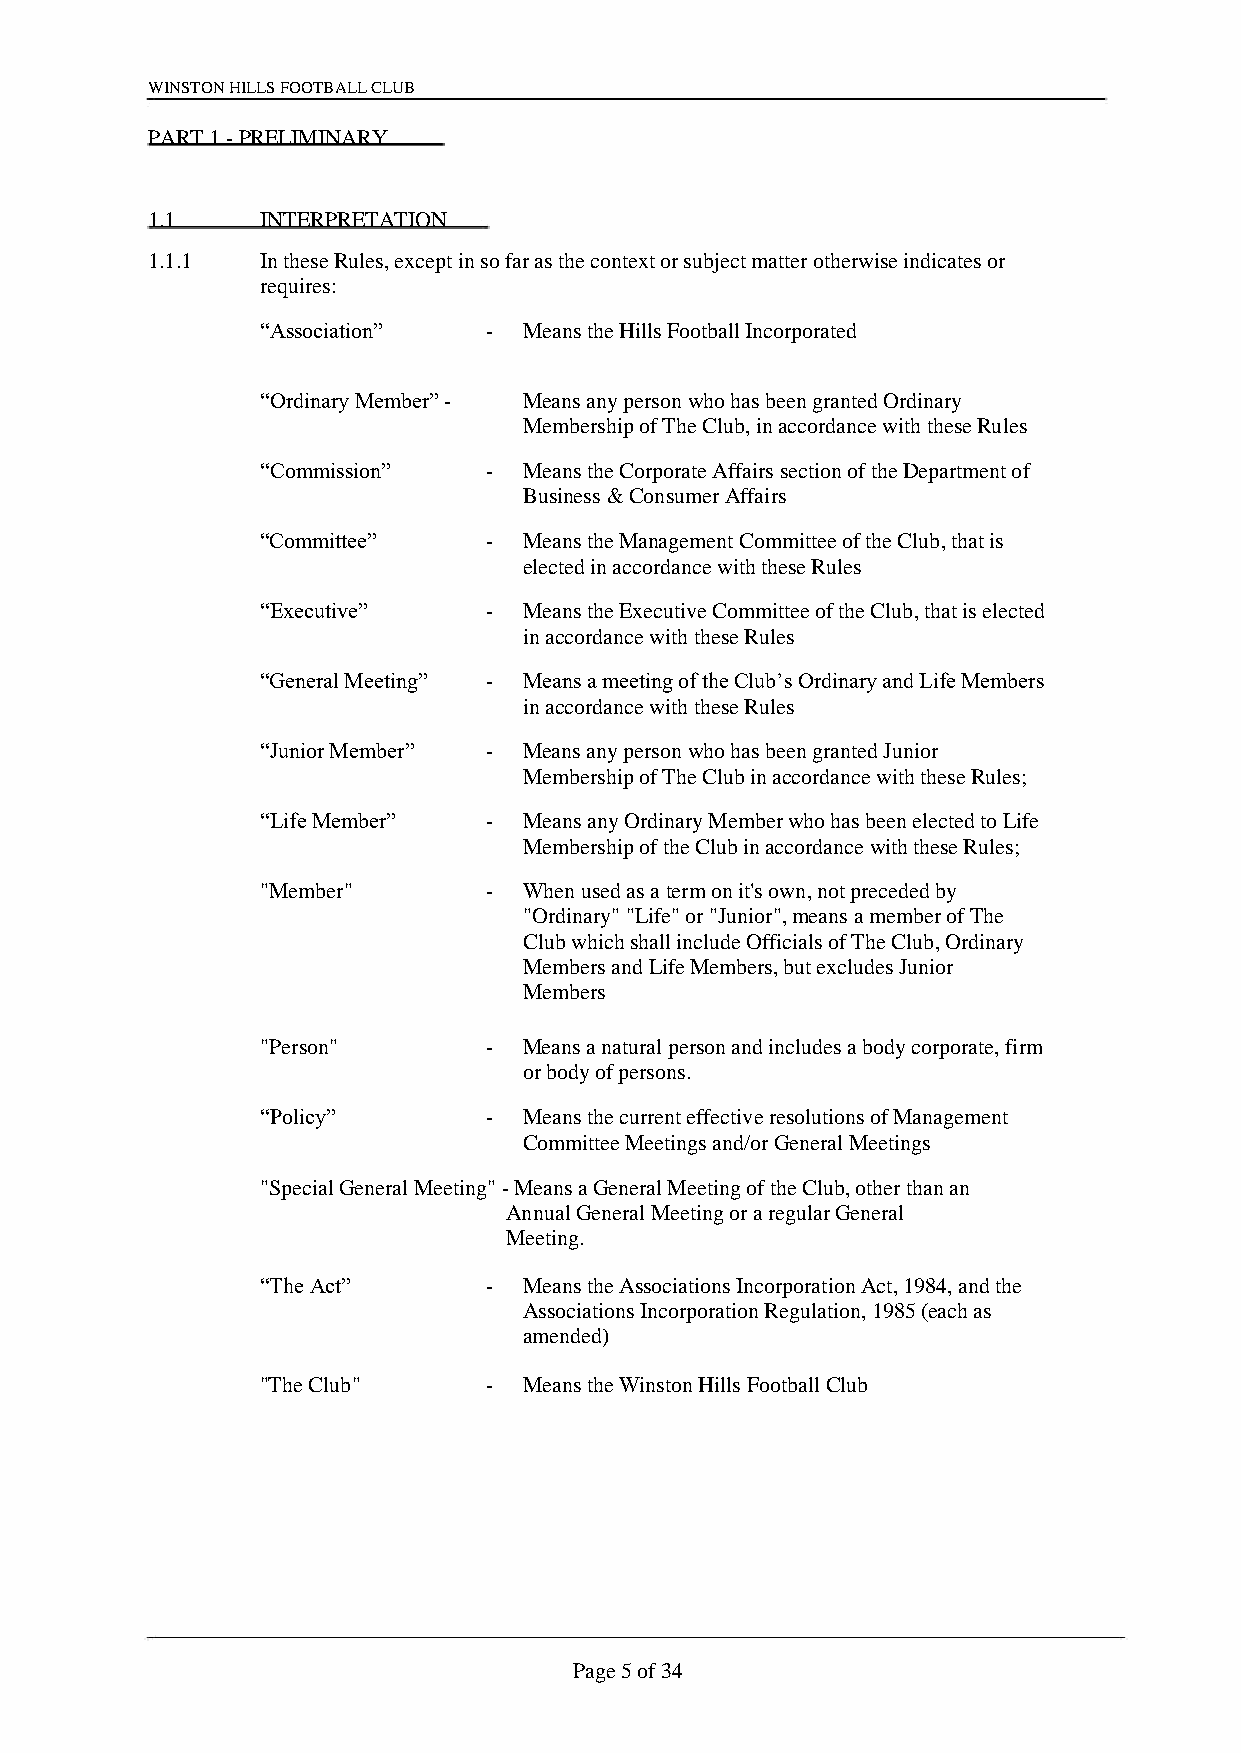
WINSTON HILLS FOOTBALL CLUB
 PART 1 - PRELIMINARY
 1.1    INTERPRETATION
 1.1.1  In these Rules, except in so far as the context or subject matter otherwise indicates or
 requires:
 “Association”  -  Means the Hills Football Incorporated
 “Ordinary Member” - Means any person who has been granted Ordinary
 Membership of The Club, in accordance with these Rules
 “Commission”   -  Means the Corporate Affairs section of the Department of
 Business & Consumer Affairs
 “Committee”    -  Means the Management Committee of the Club, that is
 elected in accordance with these Rules
 “Executive”    -  Means the Executive Committee of the Club, that is elected
 in accordance with these Rules
 “General Meeting” - Means a meeting of the Club’s Ordinary and Life Members
 in accordance with these Rules
 “Junior Member” - Means any person who has been granted Junior
 Membership of The Club in accordance with these Rules;
 “Life Member”  -  Means any Ordinary Member who has been elected to Life
 Membership of the Club in accordance with these Rules;
 "Member"       -  When used as a term on it's own, not preceded by
 "Ordinary" "Life" or "Junior", means a member of The
 Club which shall include Officials of The Club, Ordinary
 Members and Life Members, but excludes Junior
 Members
 "Person"       -  Means a natural person and includes a body corporate, firm
 or body of persons.
 “Policy”       -  Means the current effective resolutions of Management
 Committee Meetings and/or General Meetings
 "Special General Meeting" - Means a General Meeting of the Club, other than an
 Annual General Meeting or a regular General
 Meeting.
 “The Act”      -  Means the Associations Incorporation Act, 1984, and the
 Associations Incorporation Regulation, 1985 (each as
 amended)
 "The Club"     -  Means the Winston Hills Football Club
 Page 5 of 34